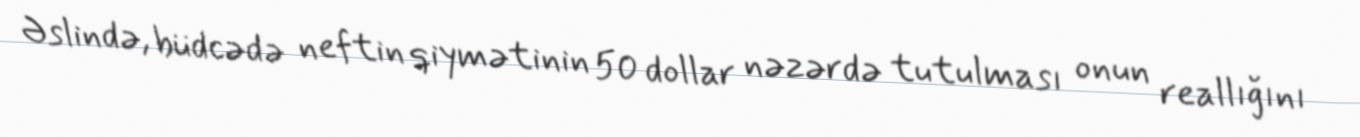
Əslində, büdcədə neftin qiymətinin 50 dollar nəzərdə tutulması onun reallığını